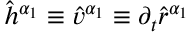
\hat { h } ^ { \alpha _ { 1 } } \equiv \hat { v } ^ { \alpha _ { 1 } } \equiv \partial _ { t } \hat { r } ^ { \alpha _ { 1 } }